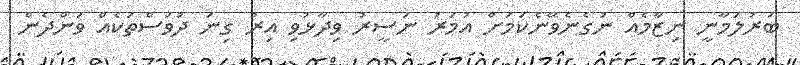
ބަރުލަމާނީ ނިޒާމެއް ނުގެނެވޭނެކަމަށް އުމަރު ނަސީރު ވިދާޅުވި އިރު ގިނަ ދުވަސްތަކެއް ވަންދެން